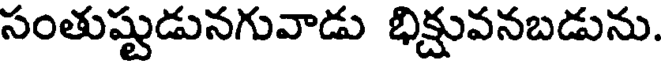
సంతుష్టుడునగువాడు భిక్షువనబడును.